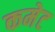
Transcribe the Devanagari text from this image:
कमेट